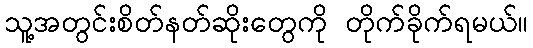
သူ့အတွင်းစိတ်နတ်ဆိုးတွေကို တိုက်ခိုက်ရမယ်။